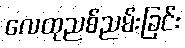
လေထုညစ်ညမ်းခြင်း